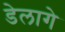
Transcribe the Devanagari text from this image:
डेलागे